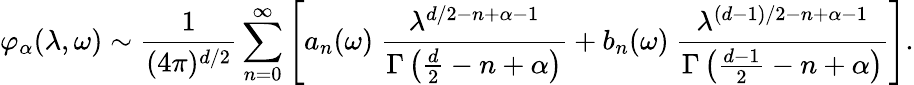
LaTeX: \varphi_{\alpha}(\lambda,\omega)\sim{\frac{1}{(4\pi)^{d/2}}}\sum_{n=0}^{\infty}\left[a_{n}(\omega)~{\frac{\lambda^{d/2-n+\alpha-1}}{\Gamma\left(\frac d2-n+\alpha\right)}}+b_{n}(\omega)~{\frac{\lambda^{(d-1)/2-n+\alpha-1}}{\Gamma\left({\frac{d-1}{2}}-n+\alpha\right)}}\right].